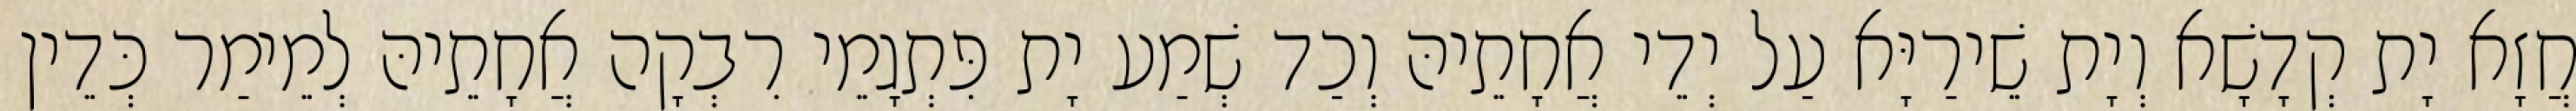
חֲזָא יָת קְדָשָׁא וְיָת שֵׁירַיָּא עַל יְדֵי אֲחָתֵיהּ וְכַד שְׁמַע יָת פִּתְגָמֵי רִבְקָה אֲחָתֵיהּ לְמֵימַר כְּדֵין